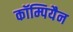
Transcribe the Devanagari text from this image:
कॉम्पियैन